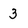
Character: 3